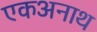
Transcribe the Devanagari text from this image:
एकअनाथ